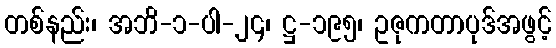
တစ်နည်း၊ အဘိ-၁-ပါ-၂၄၊ ဋ္ဌ-၁၉၅၊ ဥဇုကတာပုဒ်အဖွင့်